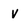
Character: V